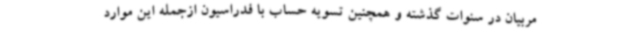
مربیان در سنوات گذشته و همچنین تسویه حساب با فدراسیون ازجمله این موارد